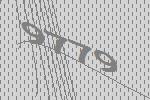
9779